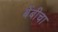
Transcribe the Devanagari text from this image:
बेंबीचा